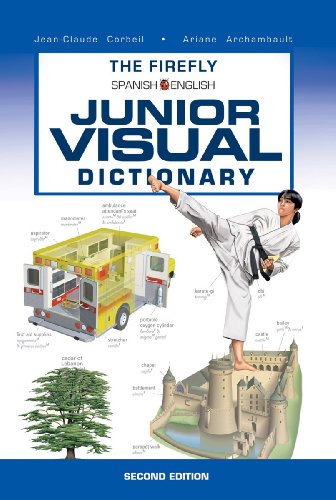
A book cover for The Firefly Spanish/English Junior Visual Dictionary; Jean-Claude Corbeil; Children's Books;